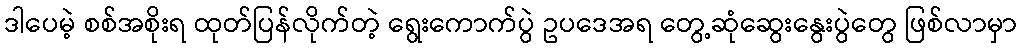
ဒါပေမဲ့ စစ်အစိုးရ ထုတ်ပြန်လိုက်တဲ့ ရွေးကောက်ပွဲ ဥပဒေအရ တွေ့ဆုံဆွေးနွေးပွဲတွေ ဖြစ်လာမှာ